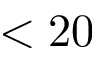
< 2 0